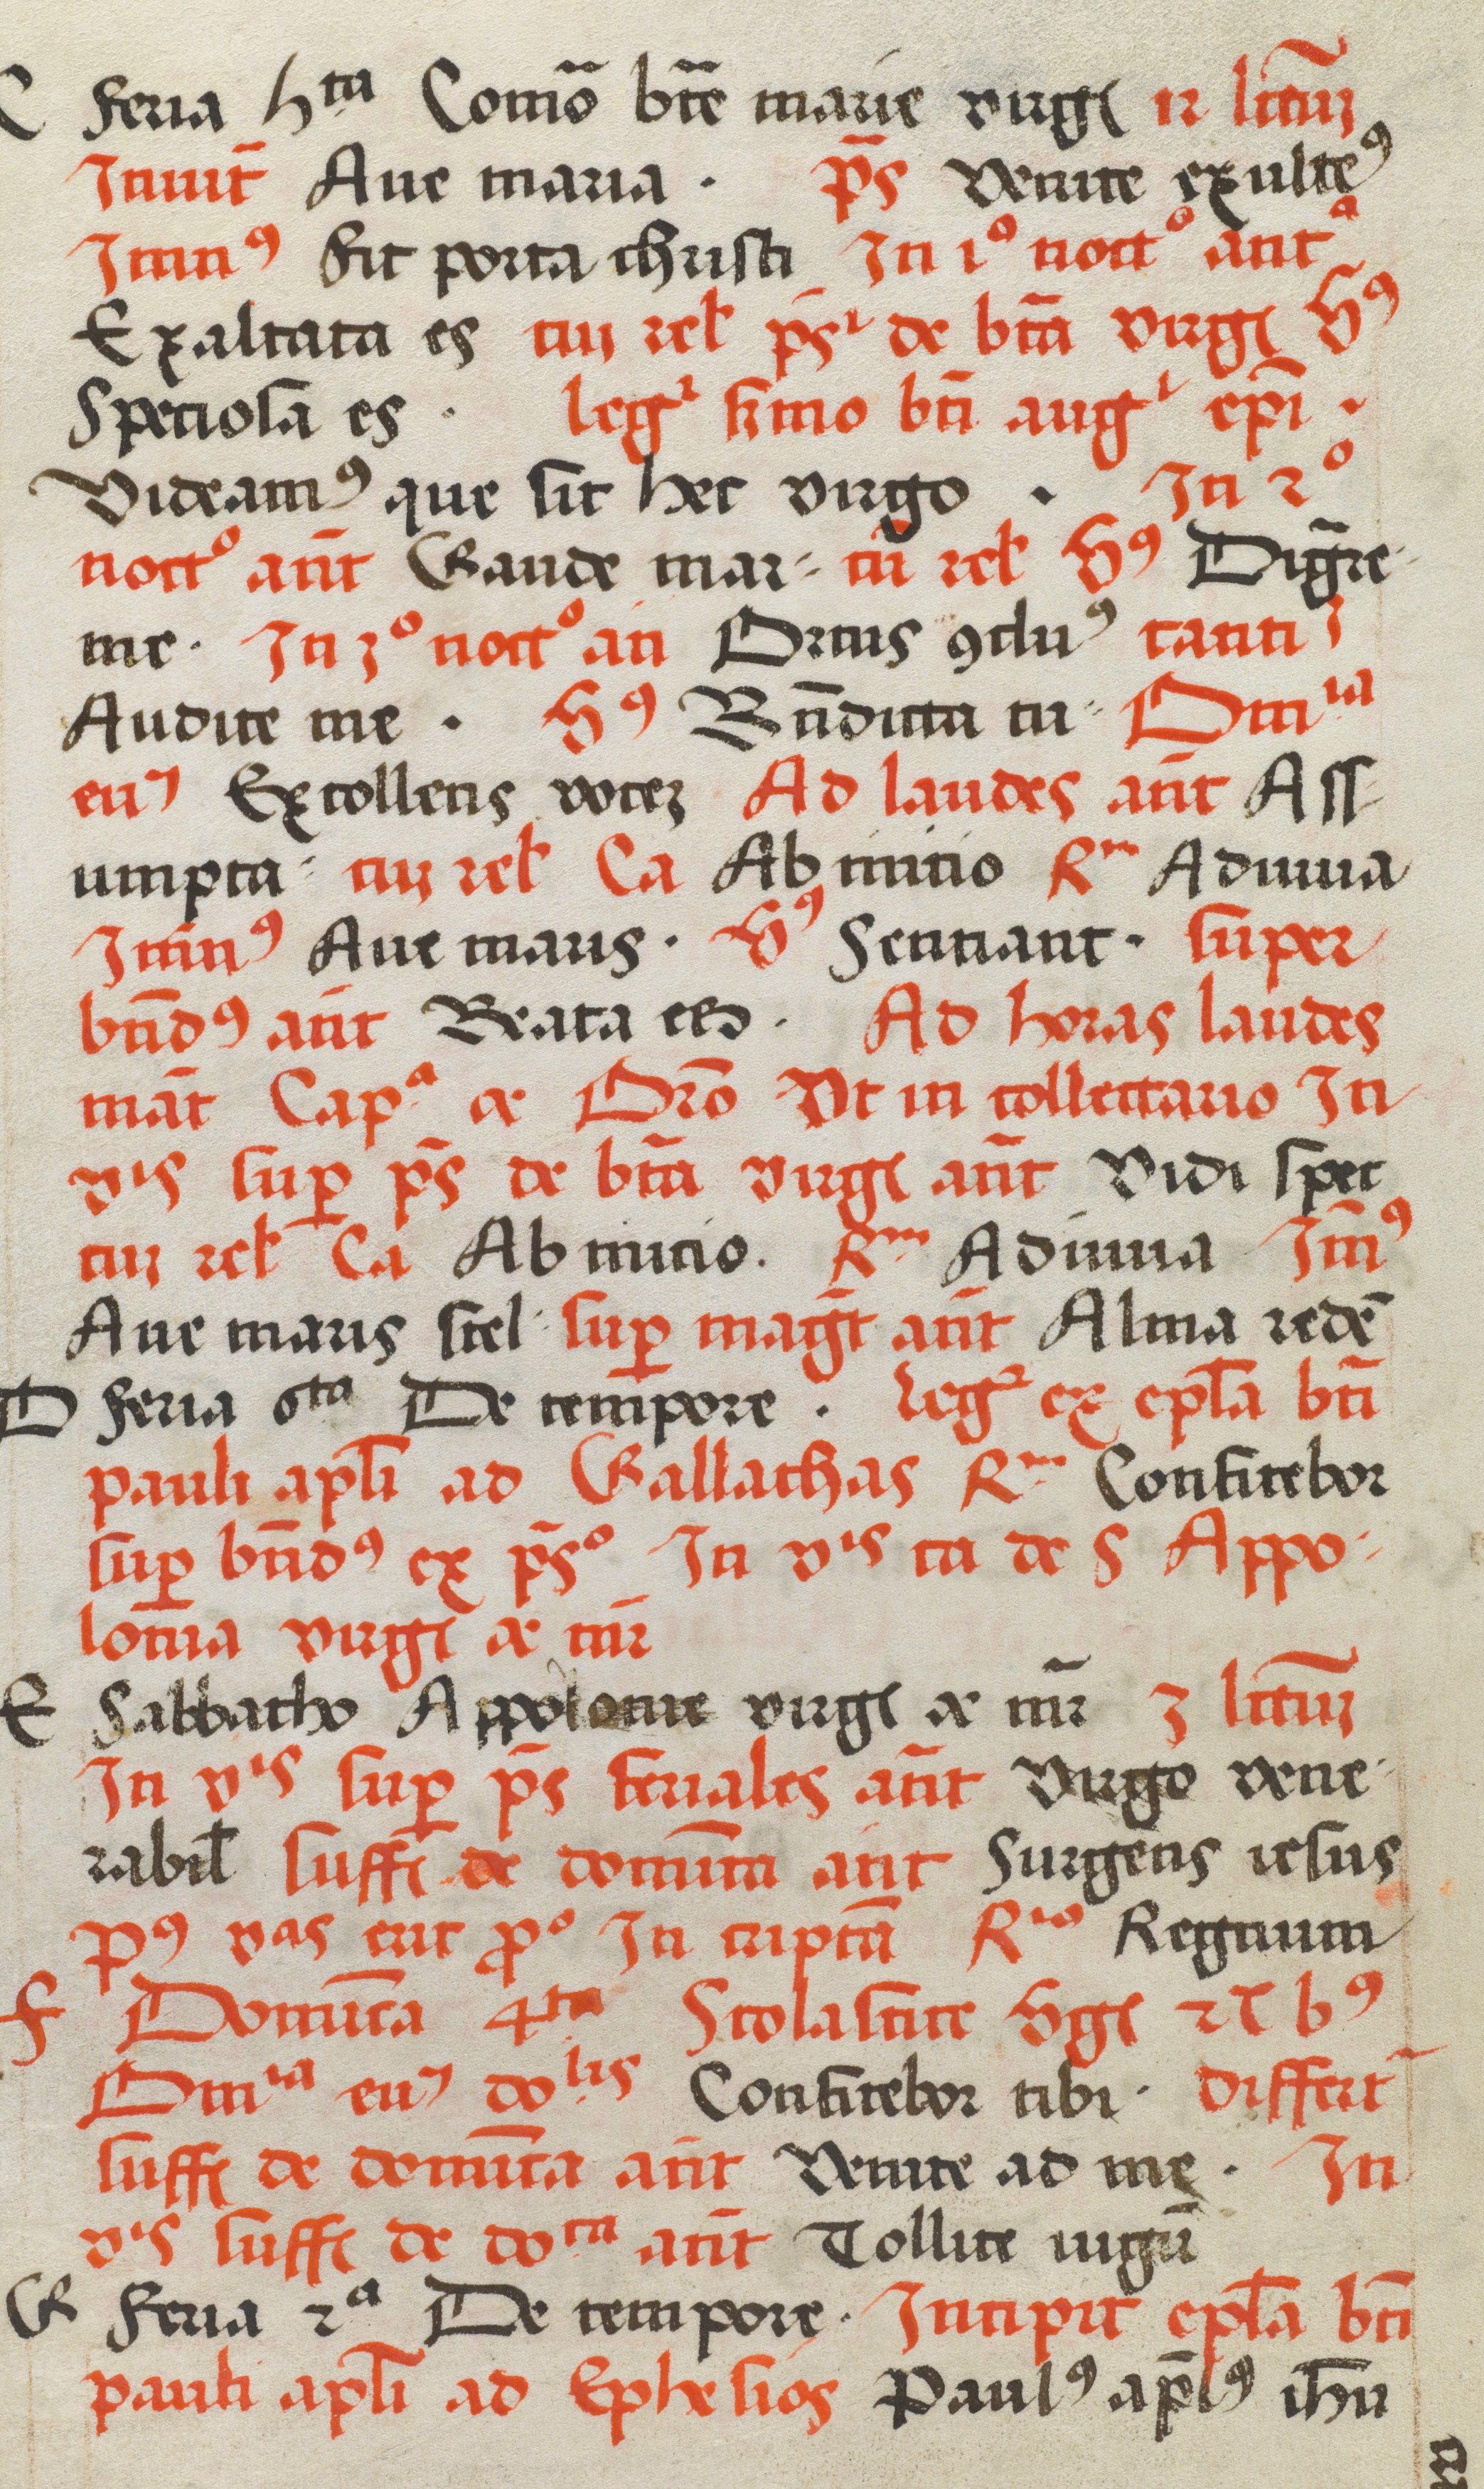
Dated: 1505–1535